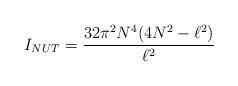
LaTeX: \begin{align*}I_{NUT}=\frac{32\pi ^{2}N^{4}(4N^{2}-\ell ^{2})}{\ell ^{2}} \end{align*}